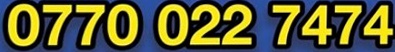
0770 022 7474